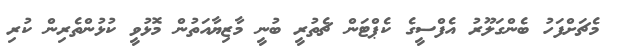
މެޗަށްފަހު ބެންގަލޫރު އެފްސީގެ ކެޕްޓަން ޗެތުރީ ބުނީ މާޒިޔާއަތުން މޮޅުވީ ކުޅުންތެރިން ކުރި